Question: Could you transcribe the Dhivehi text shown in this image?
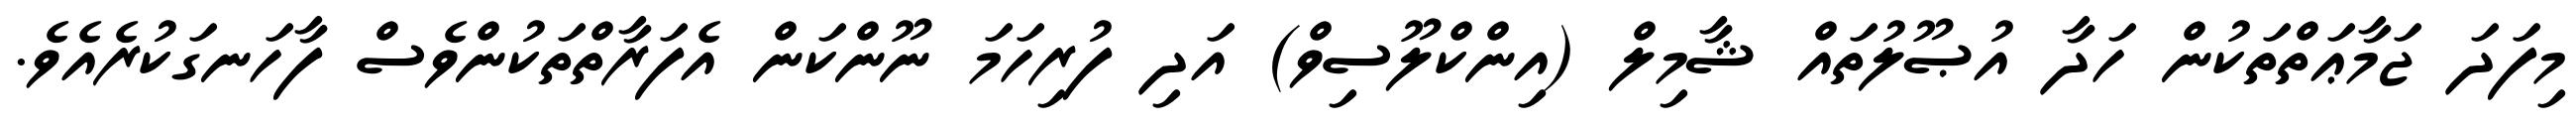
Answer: މިފަދަ ޖަމާޢަތްތަކުން ހަދާ އުޞޫލުތައް ޝާމިލް (އިންކްލޫސިވް) އަދި ފުރިހަމަ ނޫންކަން އެފަރާތްތަކުންވެސް ފާހަނގަކުރެއެވެ.